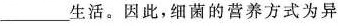
___生活。因此，细菌的营养方式为异